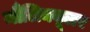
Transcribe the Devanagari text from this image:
मौलिक्यूलर